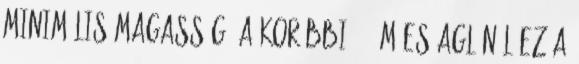
minimális magasság. A korábbi 800 m-es AGL-nél ez a